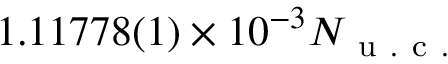
1 . 1 1 7 7 8 ( 1 ) \times 1 0 ^ { - 3 } N _ { \mathrm { ~ u ~ . ~ c ~ . ~ } }